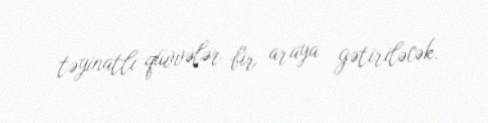
təyinatlı qüvvələr bir araya gətiriləcək.